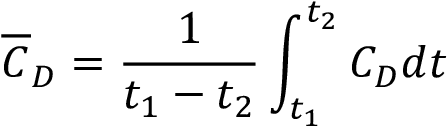
\overline { { C } } _ { D } = \frac { 1 } { t _ { 1 } - t _ { 2 } } \int _ { t _ { 1 } } ^ { t _ { 2 } } { C } _ { D } d t